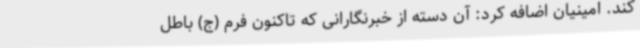
کند. امینیان اضافه کرد: آن دسته از خبرنگارانی که تاکنون فرم (ج) باطل